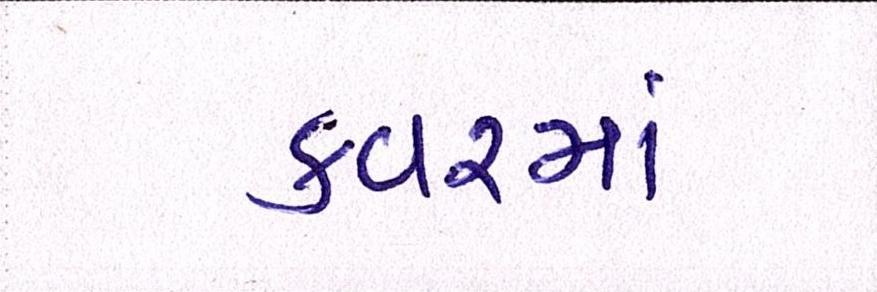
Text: કવરમાં